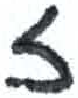
אות: ז